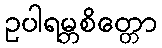
ဥပါရမ္ဘစိတ္တော